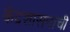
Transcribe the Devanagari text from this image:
केंद्रशासनाची